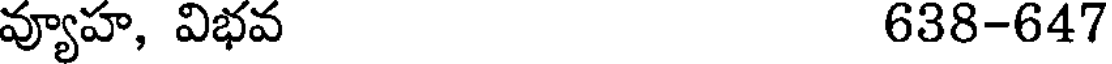
వ్యూహ, విభవ 638-647